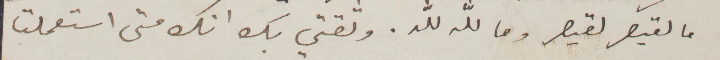
ما لقيصر لقيصر وما لله لله. وثقتي بك انك متى استعملت